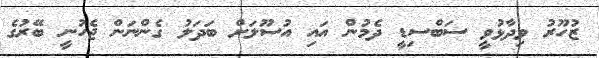
ޒުހޫރު ވިދާޅުވީ ސަބްސިޑީ ދެމުން އައި އުސޫލަށް ބަދަލު ގެންނަން ޖެހުނީ ބޭރުގެ